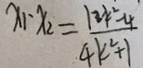
x _ { 1 } \cdot x _ { 2 } = \frac { 1 2 k ^ { 2 } - 4 } { 4 k ^ { 2 } + 1 }